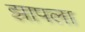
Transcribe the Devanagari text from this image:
झापला